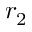
r _ { 2 }